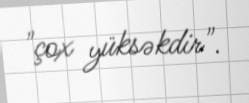
"çox yüksəkdir".